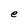
Character: e